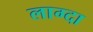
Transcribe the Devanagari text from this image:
लाग्दा